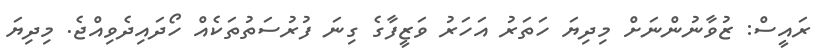
ރައީސް: ޒުވާނުންނަށް މިދިޔަ ހަތަރު އަހަރު ވަޒީފާގެ ގިނަ ފުރުސަތުތަކެއް ހޯދައިދެވިއްޖެ. މިދިޔަ